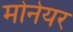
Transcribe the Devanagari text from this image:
मोनेयर